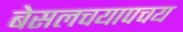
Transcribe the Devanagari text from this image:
बेसलचयापचय